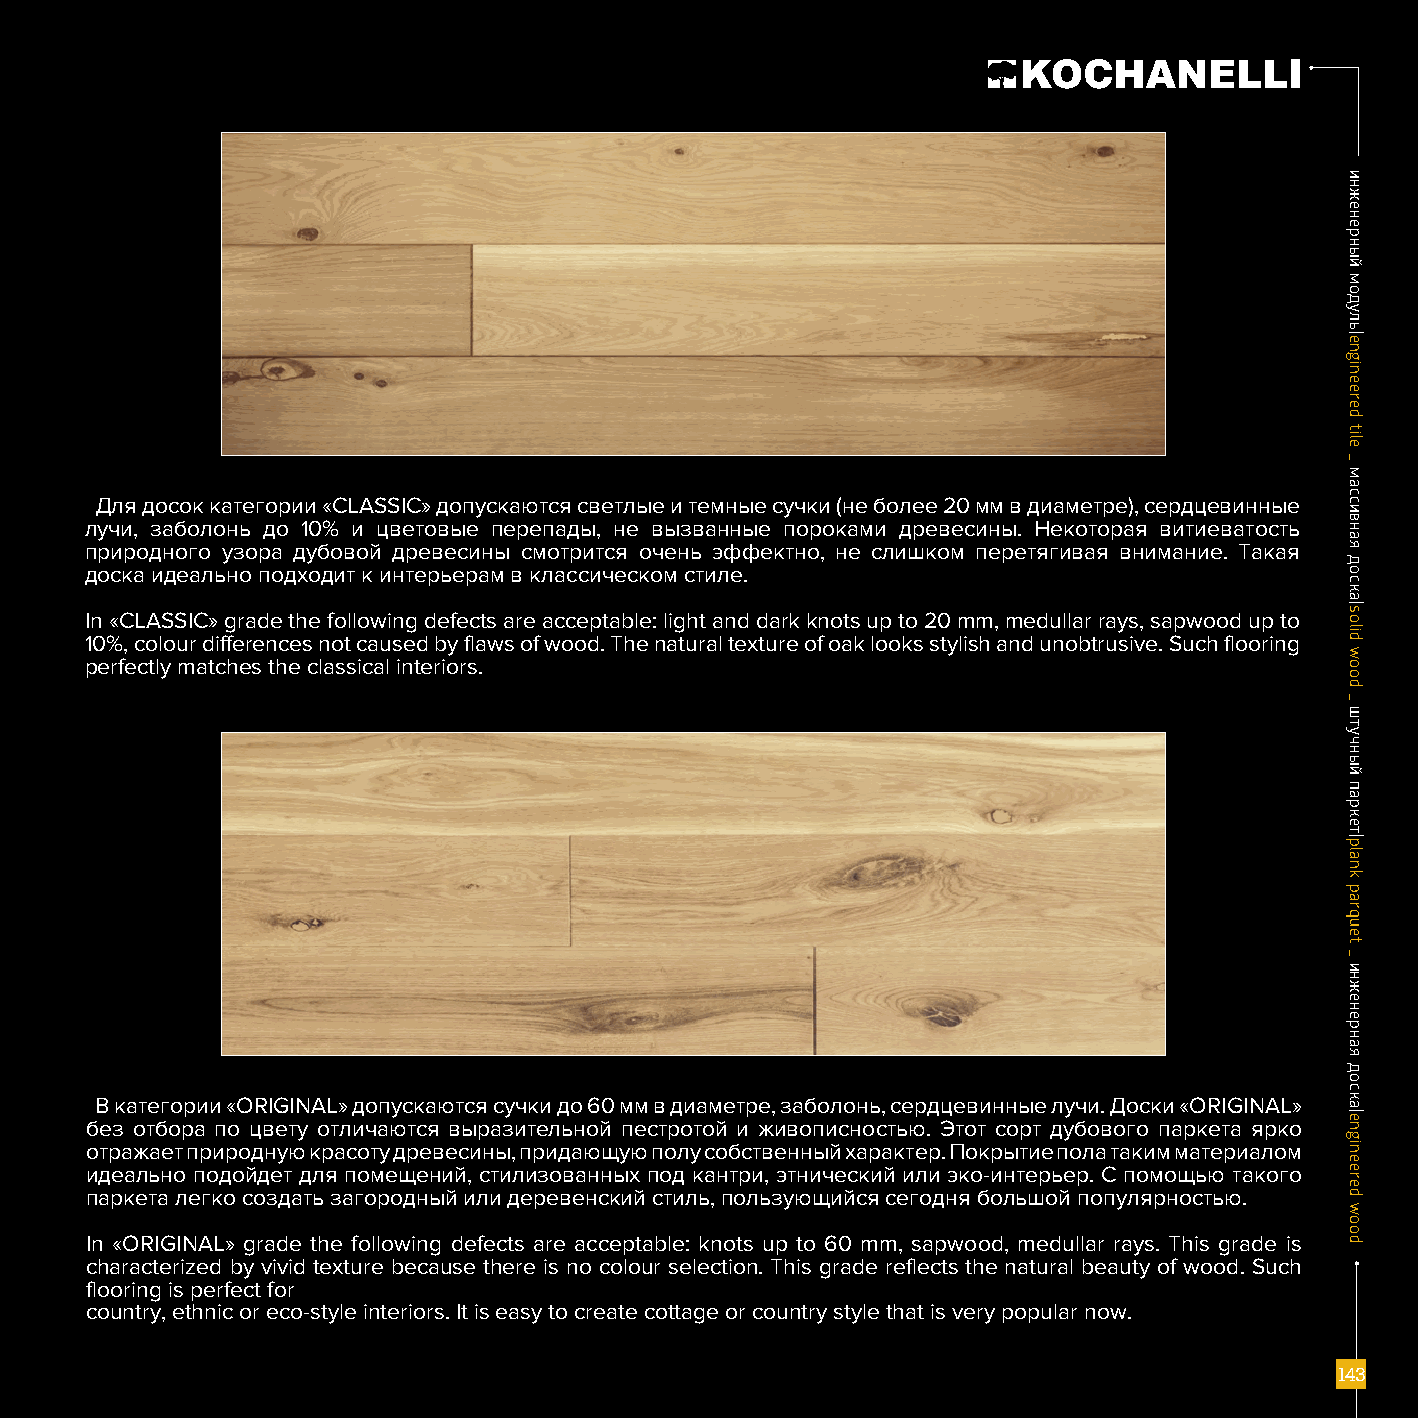
Для досок категории «CLASSIC» допускаются светлые и темные сучки (не более 20 мм в диаметре), сердцевинные
 лучи, заболонь до 10% и цветовые перепады, не вызванные пороками древесины. Некоторая витиеватость
 природного узора дубовой древесины смотрится очень эффектно, не слишком перетягивая внимание. Такая
 доска идеально подходит к интерьерам в классическом стиле.
 In «CLASSIC» grade the following defects are acceptable: light and dark knots up to 20 mm, medullar rays, sapwood up to
 10%, colour differences not caused by flaws of wood. The natural texture of oak looks stylish and unobtrusive. Such flooring
 perfectly matches the classical interiors.
 В категории «ORIGINAL» допускаются сучки до 60 мм в диаметре, заболонь, сердцевинные лучи. Доски «ORIGINAL»
 без отбора по цвету отличаются выразительной пестротой и живописностью. Этот сорт дубового паркета ярко
 отражает природную красоту древесины, придающую полу собственный характер. Покрытие пола таким материалом
 идеально подойдет для помещений, стилизованных под кантри, этнический или эко-интерьер. С помощью такого
 паркета легко создать загородный или деревенский стиль, пользующийся сегодня большой популярностью.
 In «ORIGINAL» grade the following defects are acceptable: knots up to 60 mm, sapwood, medullar rays. This grade is
 characterized by vivid texture because there is no colour selection. This grade reflects the natural beauty of wood. Such
 flooring is perfect for
 country, ethnic or eco-style interiors. It is easy to create cottage or country style that is very popular now.
 111444333
 ииннжжееннееррнныыйй
 ммооддуулльь||eennggiinneeeerreedd
 ttiillee
 __
 ммаассссииввннааяя
 ддооссккаа||ssoolliidd
 wwoooodd
 __
 шшттууччнныыйй
 ппааррккеетт||ppllaannkk
 ppaarrqquueett
 __
 ииннжжееннееррннааяя
 ддооссккаа||eennggiinneeeerreedd
 wwoooodd